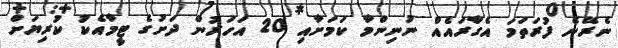
ނެރޭނެ ފުރަތަމަ އެގާރައެއް ނުނިންމާ ކަމަށާއި 20 އަހަރުން ދަށުގެ ޓީމާއެކު ކުރިޔަށް